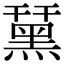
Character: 䵤